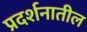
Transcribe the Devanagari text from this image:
प्रदर्शनातील